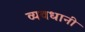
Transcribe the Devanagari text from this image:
व्यवधानी